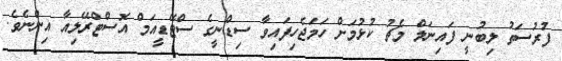
ފުރުސަތު ލިބުނީ ފައިނަލް މެޗު ކުޅުމަށް ހަމަޖެހިފައިވާ ސިޑްނީގެ ސްޓޭޑީއަމް އޮސްޓްރޭލިއާ އިންނެވެ.